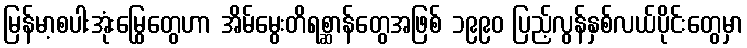
မြန်မာ့စပါးအုံးမြွေတွေဟာ အိမ်မွေးတိရစ္ဆာန်တွေအဖြစ် ၁၉၉၀ ပြည့်လွန်နှစ်လယ်ပိုင်းတွေမှာ